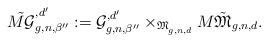
\begin{align*}\tilde{M\mathcal{G}}^{,d'}_{g,n,{\beta''}}:=\mathcal{G}^{,d'}_{g,n,{\beta''}}\times_{\mathfrak{M}^{}_{g,n,d}}M\tilde{\mathfrak{M}}_{g,n,d}.\end{align*}